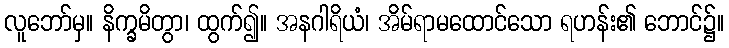
လူဘော်မှ။ နိက္ခမိတွာ၊ ထွက်၍။ အနဂါရိယံ၊ အိမ်ရာမထောင်သော ရဟန်း၏ ဘောင်၌။